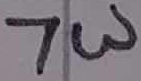
Text: 7W